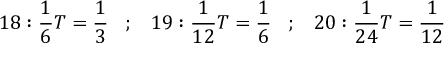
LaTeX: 1 8 : { \frac { 1 } { 6 } } T = { \frac { 1 } { 3 } } \; \; \; ; \; \; \; 1 9 : { \frac { 1 } { 1 2 } } T = { \frac { 1 } { 6 } } \; \; \; ; \; \; \; 2 0 : { \frac { 1 } { 2 4 } } T = { \frac { 1 } { 1 2 } }